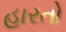
હારતો